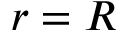
r = R